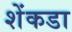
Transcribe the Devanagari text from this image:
शेंकडा